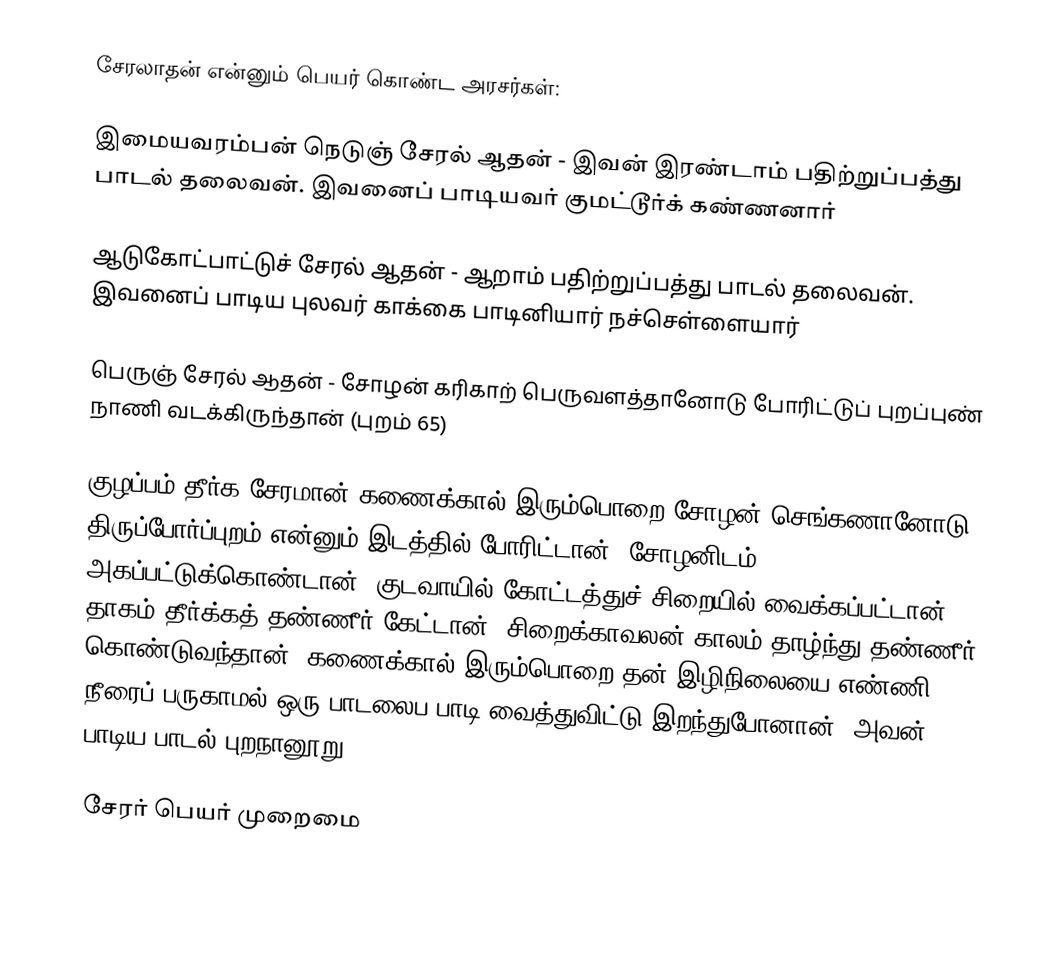
சேரலாதன் என்னும் பெயர் கொண்ட அரசர்கள்:

 இமையவரம்பன் நெடுஞ் சேரல் ஆதன் - இவன் இரண்டாம் பதிற்றுப்பத்து பாடல் தலைவன். இவனைப் பாடியவர் குமட்டூர்க் கண்ணனார்

 ஆடுகோட்பாட்டுச் சேரல் ஆதன் - ஆறாம் பதிற்றுப்பத்து பாடல் தலைவன். இவனைப் பாடிய புலவர் காக்கை பாடினியார் நச்செள்ளையார்

 பெருஞ் சேரல் ஆதன் - சோழன் கரிகாற் பெருவளத்தானோடு போரிட்டுப் புறப்புண் நாணி வடக்கிருந்தான் (புறம் 65)

குழப்பம் தீர்க சேரமான் கணைக்கால் இரும்பொறை சோழன் செங்கணானோடு திருப்போர்ப்புறம் என்னும் இடத்தில் போரிட்டான். சோழனிடம் அகப்பட்டுக்கொண்டான். குடவாயில் கோட்டத்துச் சிறையில் வைக்கப்பட்டான். தாகம் தீர்க்கத் தண்ணீர் கேட்டான். சிறைக்காவலன் காலம் தாழ்ந்து தண்ணீர் கொண்டுவந்தான். கணைக்கால் இரும்பொறை தன் இழிநிலையை எண்ணி நீரைப் பருகாமல் ஒரு பாடலைப பாடி வைத்துவிட்டு இறந்துபோனான். அவன் பாடிய பாடல் புறநானூறு 74.

சேரர் பெயர் முறைமை